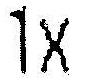
1X